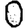
Digit: 0